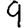
Digit: 9